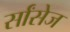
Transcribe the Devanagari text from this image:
र्सांसेज